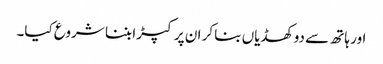
اور ہاتھ سے دو کھڈیاں بنا کر ان پر کپڑا بننا شروع کیا۔